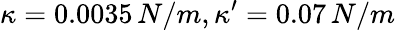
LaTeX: \kappa=0.0035\, N/m,\kappa^{\prime}=0.07\, N/m